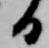
日